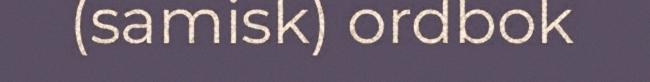
(samisk) ordbok